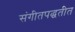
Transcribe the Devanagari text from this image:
संगीतपद्धतीत